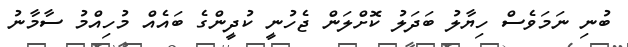
ބުނި ނަމަވެސް ހިޔާލު ބަދަލު ކޮށްލަން ޖެހުނީ ކުދީންގެ ބައެއް މުހިއްމު ސާމާނު